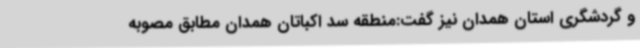
و گردشگری استان همدان نیز گفت:منطقه سد اکباتان همدان مطابق مصوبه